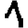
Digit: 1